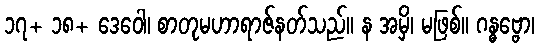
၁၇+ ၁၈+ ဒေဝေါ၊ စာတုမဟာရာဇ်နတ်သည်။ န အမှိ၊ မဖြစ်။ ဂန္ဓဗ္ဗော၊